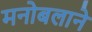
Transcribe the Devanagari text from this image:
मनोबलाने